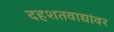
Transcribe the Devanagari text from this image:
दहशतवाद्यांवर